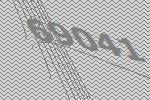
69041